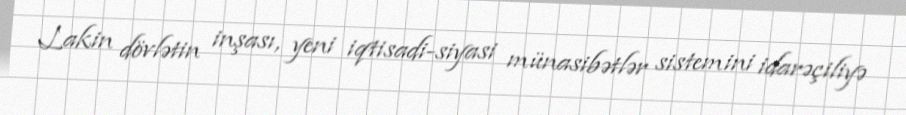
Lakin dövlətin inşası, yeni iqtisadi-siyasi münasibətlər sistemini idarəçiliyə